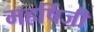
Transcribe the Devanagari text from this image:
महर्षिजी